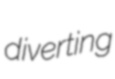
diverting